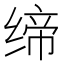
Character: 缔